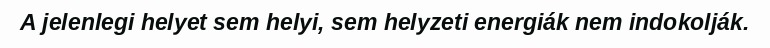
A jelenlegi helyet sem helyi, sem helyzeti energiák nem indokolják.